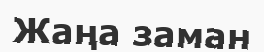
Жаңа заман